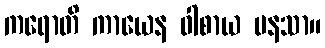
ကရောတိ ကာယေန ဝါစာယ မနသာ။